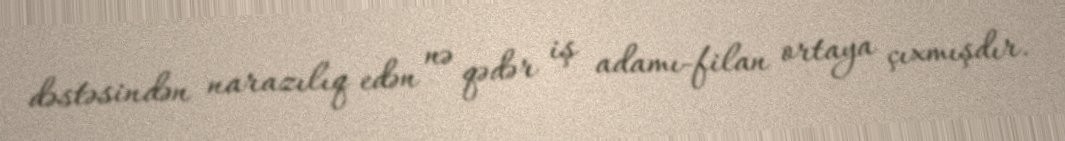
dəstəsindən narazılıq edən nə qədər iş adamı-filan ortaya çıxmışdır.